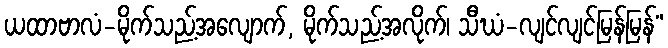
ယထာဗာလံ-မိုက်သည့်အလျောက်, မိုက်သည့်အလိုက်၊ သီဃံ-လျင်လျင်မြန်မြန်”